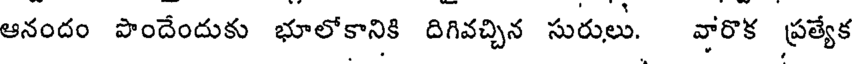
ఆనందం పొందేందుకు భూలోకానికి దిగివచ్చిన సురులు. వారొక ప్రత్యేక